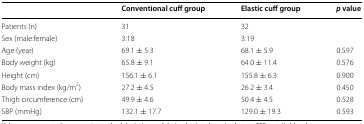
<table><thead><tr><td></td><td><b>Conventional cuff group</b></td><td><b>Elastic cuff group</b></td><td><b><i>p</i> value</b></td></tr></thead><tbody><tr><td>Patients (n)</td><td>31</td><td>32</td><td></td></tr><tr><td>Sex (male:female)</td><td>3:18</td><td>3:19</td><td></td></tr><tr><td>Age (year)</td><td>69.1 ± 5.3</td><td>68.1 ± 5.9</td><td>0.597</td></tr><tr><td>Body weight (kg)</td><td>65.8 ± 9.1</td><td>64.0 ± 11.4</td><td>0.576</td></tr><tr><td>Height (cm)</td><td>156.1 ± 6.1</td><td>155.8 ± 6.3</td><td>0.900</td></tr><tr><td>Body mass index (kg/m<sup>2</sup>)</td><td>27.2 ± 4.5</td><td>26.2 ± 3.4</td><td>0.450</td></tr><tr><td>Thigh circumference (cm)</td><td>49.9 ± 4.6</td><td>50.4 ± 4.5</td><td>0.528</td></tr><tr><td>SBP (mmHg)</td><td>132.1 ± 17.7</td><td>129.0 ± 19.3</td><td>0.593</td></tr></tbody></table>